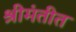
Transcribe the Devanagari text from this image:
श्रीमंतीत